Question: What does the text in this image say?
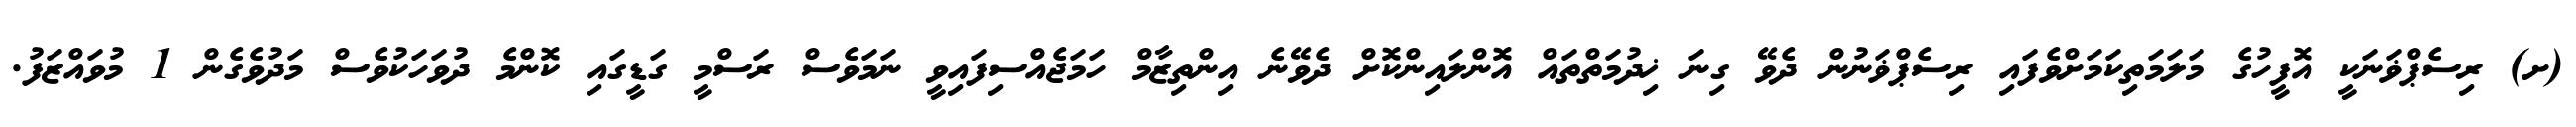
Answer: (ށ) ރިސެޕްޥަނަކީ އޮފީހުގެ މަލަމަތިކަމަށްވެފައި ރިސެޕްޥަނުން ދެވޭ ގިނަ ޚިދުމަތްތައް އޮންލައިންކޮށް ދެވޭނެ އިންތިޒާމް ހަމަޖެއްސިފައިވީ ނަމަވެސް ރަސްމީ ގަޑީގައި ކޮންމެ ދުވަހަކުވެސް މަދުވެގެން 1 މުވައްޒަފު.